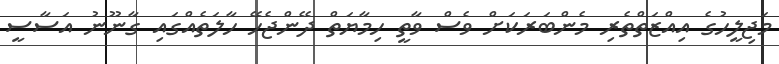
މަޖިލީހުގެ އިއްޒަތްތެރި މެންބަރަކަށް ވެސް ވާތީ ހިމާޔަތް ދޭންޖެހޭ ހާލަތެއްގައި ގާނޫނު އަސާސީ